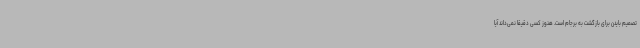
تصمیم بایدن برای بازگشت به برجام است. هنوز کسی دقیقا نمی‌داند آیا